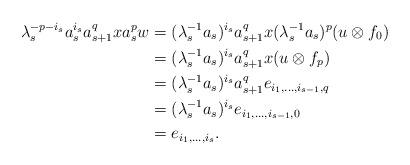
LaTeX: \begin{align*}\lambda_s^{-p-i_s}a_s^{i_s}a_{s+1}^qxa_s^pw & =(\lambda_s^{-1}a_s)^{i_s}a_{s+1}^qx(\lambda_s^{-1}a_s)^p(u\otimes f_0)\\& = (\lambda_s^{-1}a_s)^{i_s}a_{s+1}^qx(u\otimes f_p)\\& =(\lambda_s^{-1}a_s)^{i_s}a_{s+1}^qe_{i_1,\dotsc,i_{s-1},q}\\& =(\lambda_s^{-1}a_s)^{i_s}e_{i_1,\dotsc,i_{s-1},0}\\& =e_{i_1,\dotsc,i_s}.\end{align*}